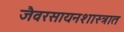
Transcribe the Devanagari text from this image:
जैवरसायनशास्त्रात